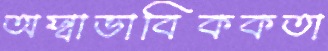
অস্বাভাবিককতা